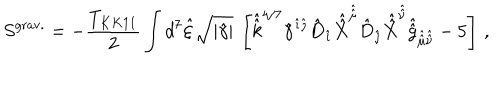
S ^ { \mathrm { g r a v . } } = - { \frac { T _ { K K 1 1 } } { 2 } } \int d ^ { 7 } \hat { \xi } \sqrt { | \hat { \gamma } | } \ \left[ \hat { \hat { k } } ^ { 4 / 7 } \hat { \gamma } ^ { \hat { \imath } \hat { \jmath } } \hat { D } _ { \hat { \imath } } \hat { \hat { X } } ^ { \hat { \hat { \mu } } } \hat { D } _ { \hat { \jmath } } \hat { \hat { X } } ^ { \hat { \hat { \nu } } } \hat { \hat { g } } _ { \hat { \hat { \mu } } \hat { \hat { \nu } } } - 5 \right] \, ,